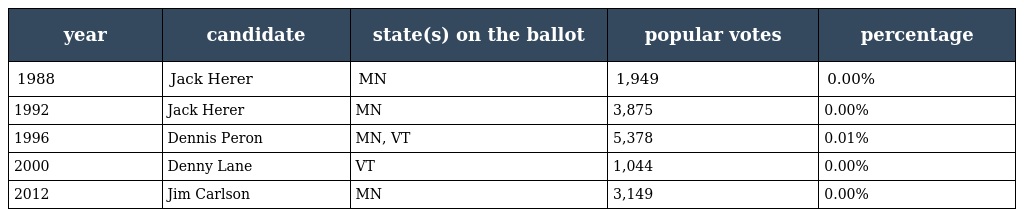
| year | candidate | state(s) on the ballot | popular votes | percentage |
 | --- | --- | --- | --- | --- |
 | 1988 | Jack Herer | MN | 1,949 | 0.00% |
 | 1992 | Jack Herer | MN | 3,875 | 0.00% |
 | 1996 | Dennis Peron | MN, VT | 5,378 | 0.01% |
 | 2000 | Denny Lane | VT | 1,044 | 0.00% |
 | 2012 | Jim Carlson | MN | 3,149 | 0.00% |